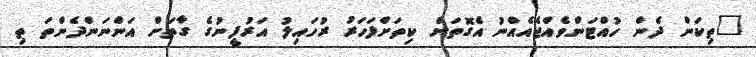
"ތިކަން ދެން ހުއްޓަންވެއްޖެއެއްނު އެގޮތަށް ކިތަށްފަހަރު ރުހައިލު އަރުފީނުގެ ގާތަށް އަންނަންދެންތަ ތި